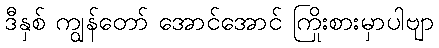
ဒီနှစ် ကျွန်တော် အောင်အောင် ကြိုးစားမှာပါဗျာ